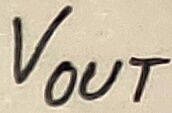
Text: VOUT